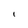
Character: I